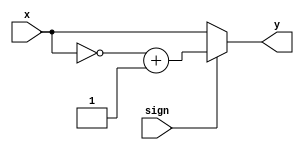
`timescale 1ns/1ps
module complement32(
    input sign,         //
    input [31:0] x,     //
    output [31:0] y     //
);
    assign y = sign? ((~x) + 1):x;
endmodule

module complement64(
    input sign,
    input [63:0] x,
    output [63:0] y
);
    assign y = sign? ((~x) + 1):x;
endmodule